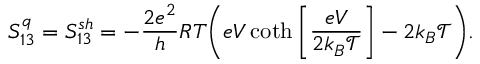
S _ { 1 3 } ^ { q } = { S _ { 1 3 } ^ { s h } } = - \frac { 2 e ^ { 2 } } { h } R T \bigg ( e V \coth \left[ \frac { e V } { 2 k _ { B } \mathcal { T } } \right] - 2 k _ { B } \mathcal { T } \bigg ) .